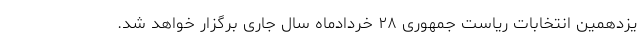
یزدهمین انتخابات ریاست جمهوری ۲۸ خردادماه سال جاری برگزار خواهد شد.